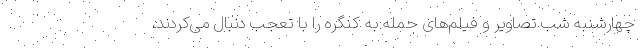
چهارشنبه شب تصاویر و فیلم‌های حمله به کنگره را با تعجب دنبال می‌کردند،